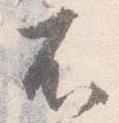
不